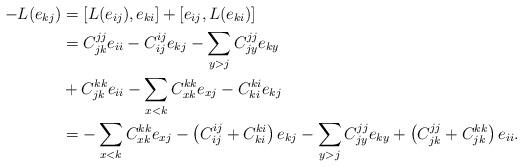
LaTeX: \begin{align*}-L(e_{kj})&=[L(e_{ij}),e_{ki}]+[e_{ij},L(e_{ki})]\\&=C_{jk}^{jj}e_{ii}-C_{ij}^{ij}e_{kj}-\sum_{y>j}C_{jy}^{jj}e_{ky}\\&+C_{jk}^{kk}e_{ii}-\sum_{x<k}C_{xk}^{kk}e_{xj}-C_{ki}^{ki}e_{kj}\\&=-\sum_{x<k}C_{xk}^{kk}e_{xj}-\left(C_{ij}^{ij}+C_{ki}^{ki}\right)e_{kj}-\sum_{y>j}C_{jy}^{jj}e_{ky}+\left(C_{jk}^{jj}+C_{jk}^{kk}\right)e_{ii}.\end{align*}